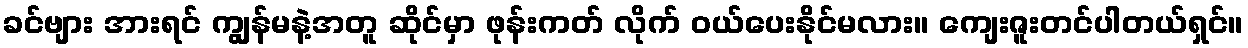
ခင်ဗျား အားရင် ကျွန်မနဲ့အတူ ဆိုင်မှာ ဖုန်းကတ် လိုက် ဝယ်ပေးနိုင်မလား။ ကျေးဇူးတင်ပါတယ်ရှင်။